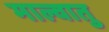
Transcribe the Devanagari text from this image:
माल्वातु